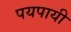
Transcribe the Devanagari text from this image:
पयपायी